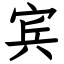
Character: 宾